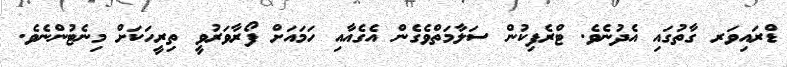
ޑްރައިވަރ ގާތުގައި އެދުނެވެ. ޓްރެފިކުން ސަލާމަތްވެގެން އެގެއާއި ހަމައަށް ފޯރާވަރުވީ ތިރީހަކަށް މިނެޓުންނެވެ.